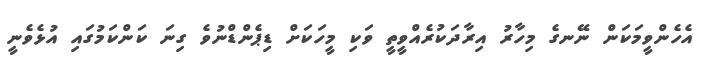
އެހެންވީމަކަން ނޭނގެ މިހާރު އިރާދަކުރެއްވީތީ ވަކި މީހަކަށް ޑިޕެންޑްނުވެ ގިނަ ކަންކަމުގައި އުޅެވެނީ